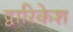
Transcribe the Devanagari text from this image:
द्वारिकेश